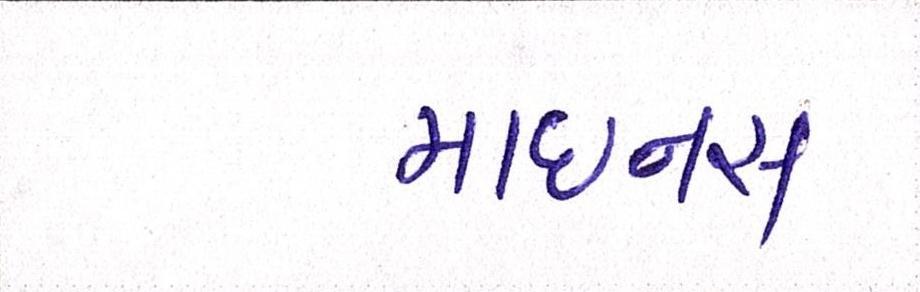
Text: માઇનસ